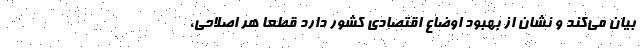
بیان می‌کند و نشان از بهبود اوضاع اقتصادی کشور دارد قطعا هر اصلاحی،